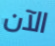
الآن